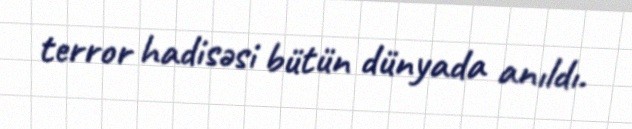
terror hadisəsi bütün dünyada anıldı.